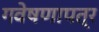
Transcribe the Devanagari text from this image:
गवेषणापत्र